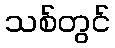
သစ်တွင်